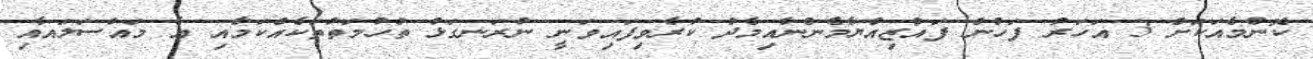
ކޮންމެއަކަށް 3 އަހަރު ފަހުން ފައުޒިއްޔާމެންނާއިމެދު ކުރެވިފައިވަނީ ނުރަނގަޅު ތުހުމަތުތަކެއްކަމާއި އެ މައްސަލައާއި